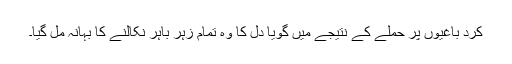
کرد باغیوں پر حملے کے نتیجے میں گویا دل کا وہ تمام زہر باہر نکالنے کا بہانہ مل گیا۔